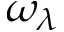
\omega _ { \lambda }